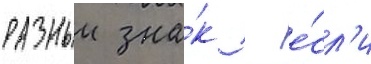
разныи зна́к - е́сл'и